Language: tamil
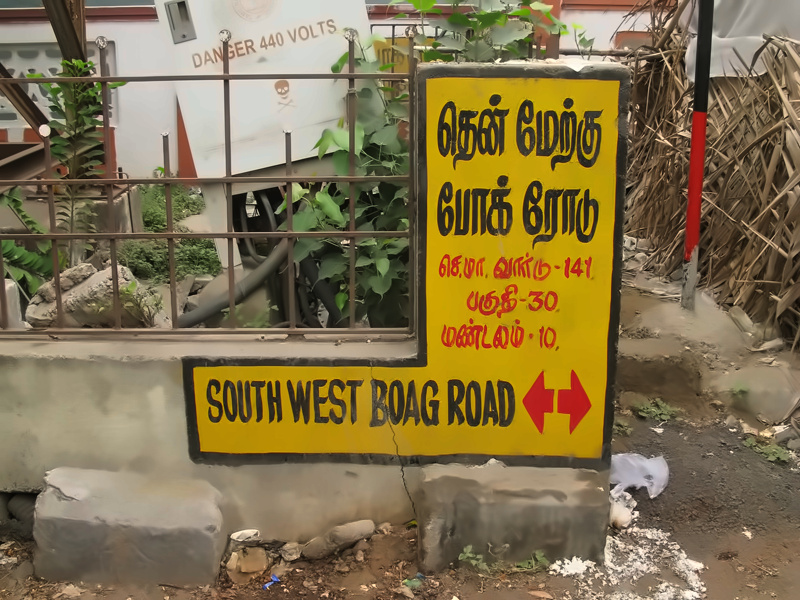
Transcription: தென் ரோடு வாா்டு பகுதி மண்டலம் மேற்கு போக்